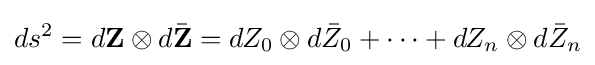
ds^{2}=d\mathbf {Z} \otimes d{\bar {\mathbf {Z} }}=dZ_{0}\otimes d{\bar {Z}}_{0}+\cdots +dZ_{n}\otimes d{\bar {Z}}_{n}